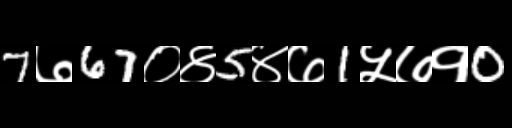
Text: 7७67०४5४७1५७१0